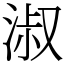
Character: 淑